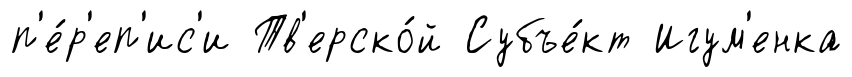
п'е́р'еп'ис'и Тв'ерско́й Субъе́кт Игум'енка